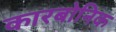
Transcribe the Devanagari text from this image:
कारबोनिक